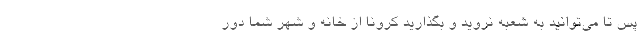
پس تا می‌توانید به شعبه نروید و بگذارید کرونا از خانه و شهر شما دور